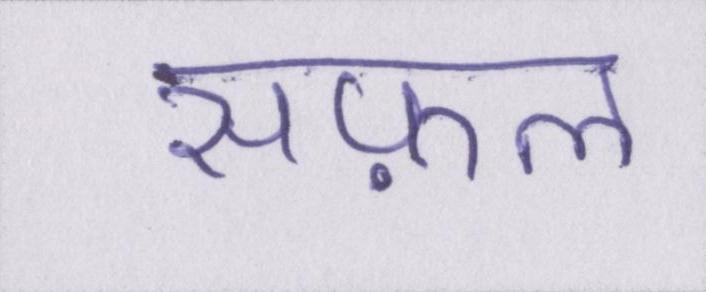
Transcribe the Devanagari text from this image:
सफ़ल